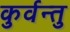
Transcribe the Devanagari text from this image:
कुर्वन्तु